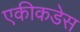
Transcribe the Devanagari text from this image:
एकीकडेस